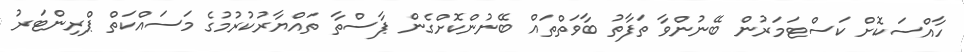
ހާއްސަކޮށް ކަސްޓަމަރުން ބޭނުންވާ ތަފާތު ބާވަތްތައް ބޭނުންކޮށްގެން ޕާސްތާ ތައްޔާރުކުރުމުގެ މަސައްކަތް ޕްރިންޓަރު